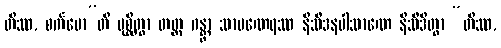
တိဿ, စင်္ကမော”တိ ပုစ္ဆိတွာ တတ္ထ ဂန္တွာ သာမဏေရဿ နိသီဒနပါသာဏေ နိသီဒိတွာ “တိဿ,